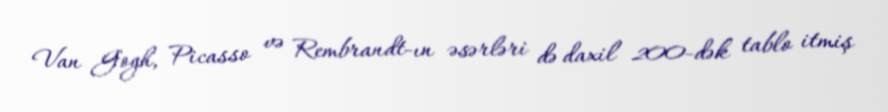
Van Gogh, Picasso və Rembrandt-ın əsərləri də daxil 200-dək tablo itmiş